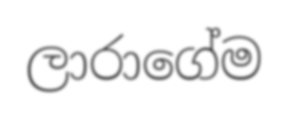
ලාරාගේම